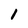
Character: l